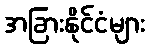
အခြားနိုင်ငံများ